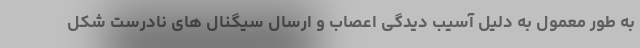
به طور معمول به دلیل آسیب دیدگی اعصاب و ارسال سیگنال های نادرست شکل